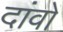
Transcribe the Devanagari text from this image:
दांवों